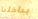
بداخلنا